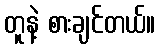
တူနဲ့ စားချင်တယ်။